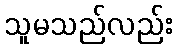
သူမသည်လည်း